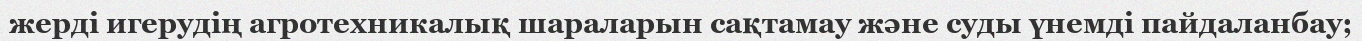
жерді игерудің агротехникалық шараларын сақтамау және суды үнемді пайдаланбау;